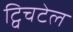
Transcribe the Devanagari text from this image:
ट्विचटेल